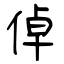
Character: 倬